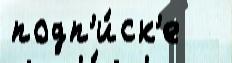
подп'и́ск'е